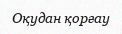
Оқудан қорғау